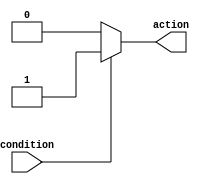
module conditional_logic (
    input wire condition,
    output reg action
);

always @(*) begin
    if (condition) begin
        action = 1; // Execute this block if condition is true
    end else begin
        action = 0; // Execute this block if condition is false
    end
end

endmodule